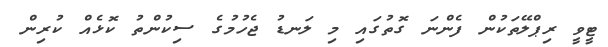
ޓީވީ ރިޕްލޭތަކުން ފެންނަ ގޮތުގައި މި ލަނޑު ޖެހުމުގެ ސިކުންތު ކޮޅެއް ކުރިން